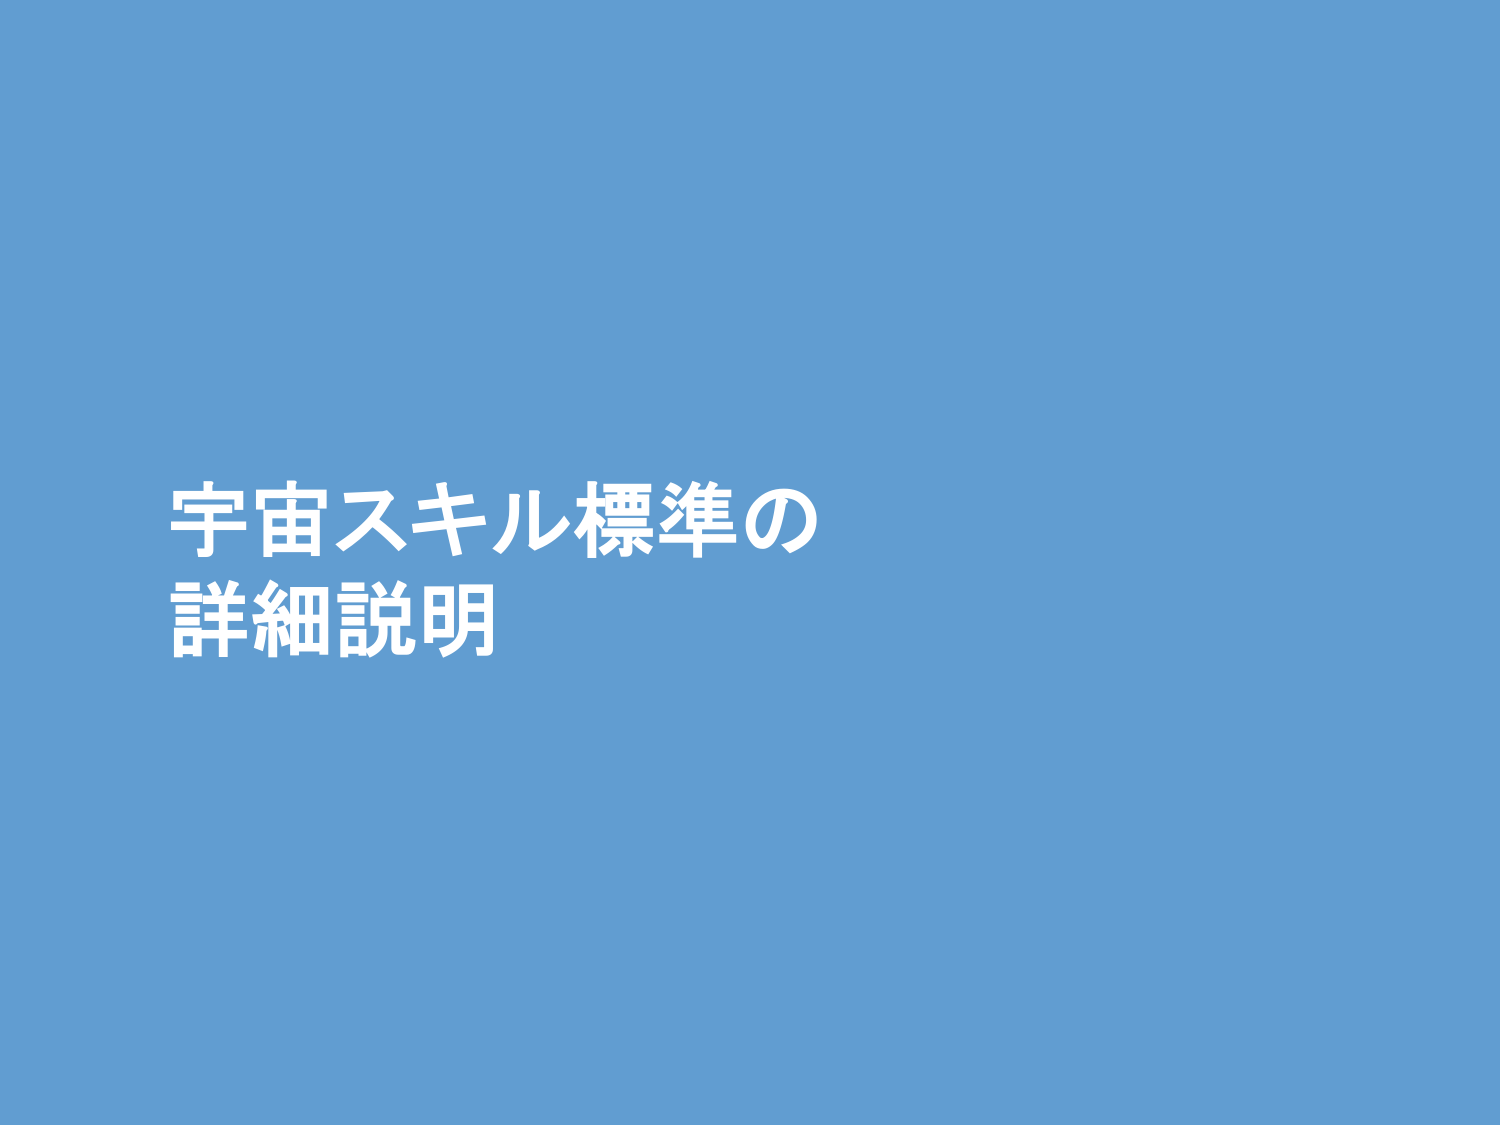
宇宙スキル標準の
詳細説明